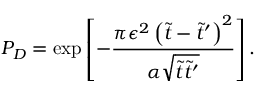
P _ { D } = \exp \left[ - \frac { \pi \epsilon ^ { 2 } \left( \tilde { t } - \tilde { t } ^ { \prime } \right) ^ { 2 } } { \alpha \sqrt { \tilde { t } \tilde { t } ^ { \prime } } } \right] .